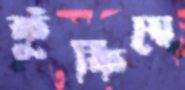
কুঁকিয়ে